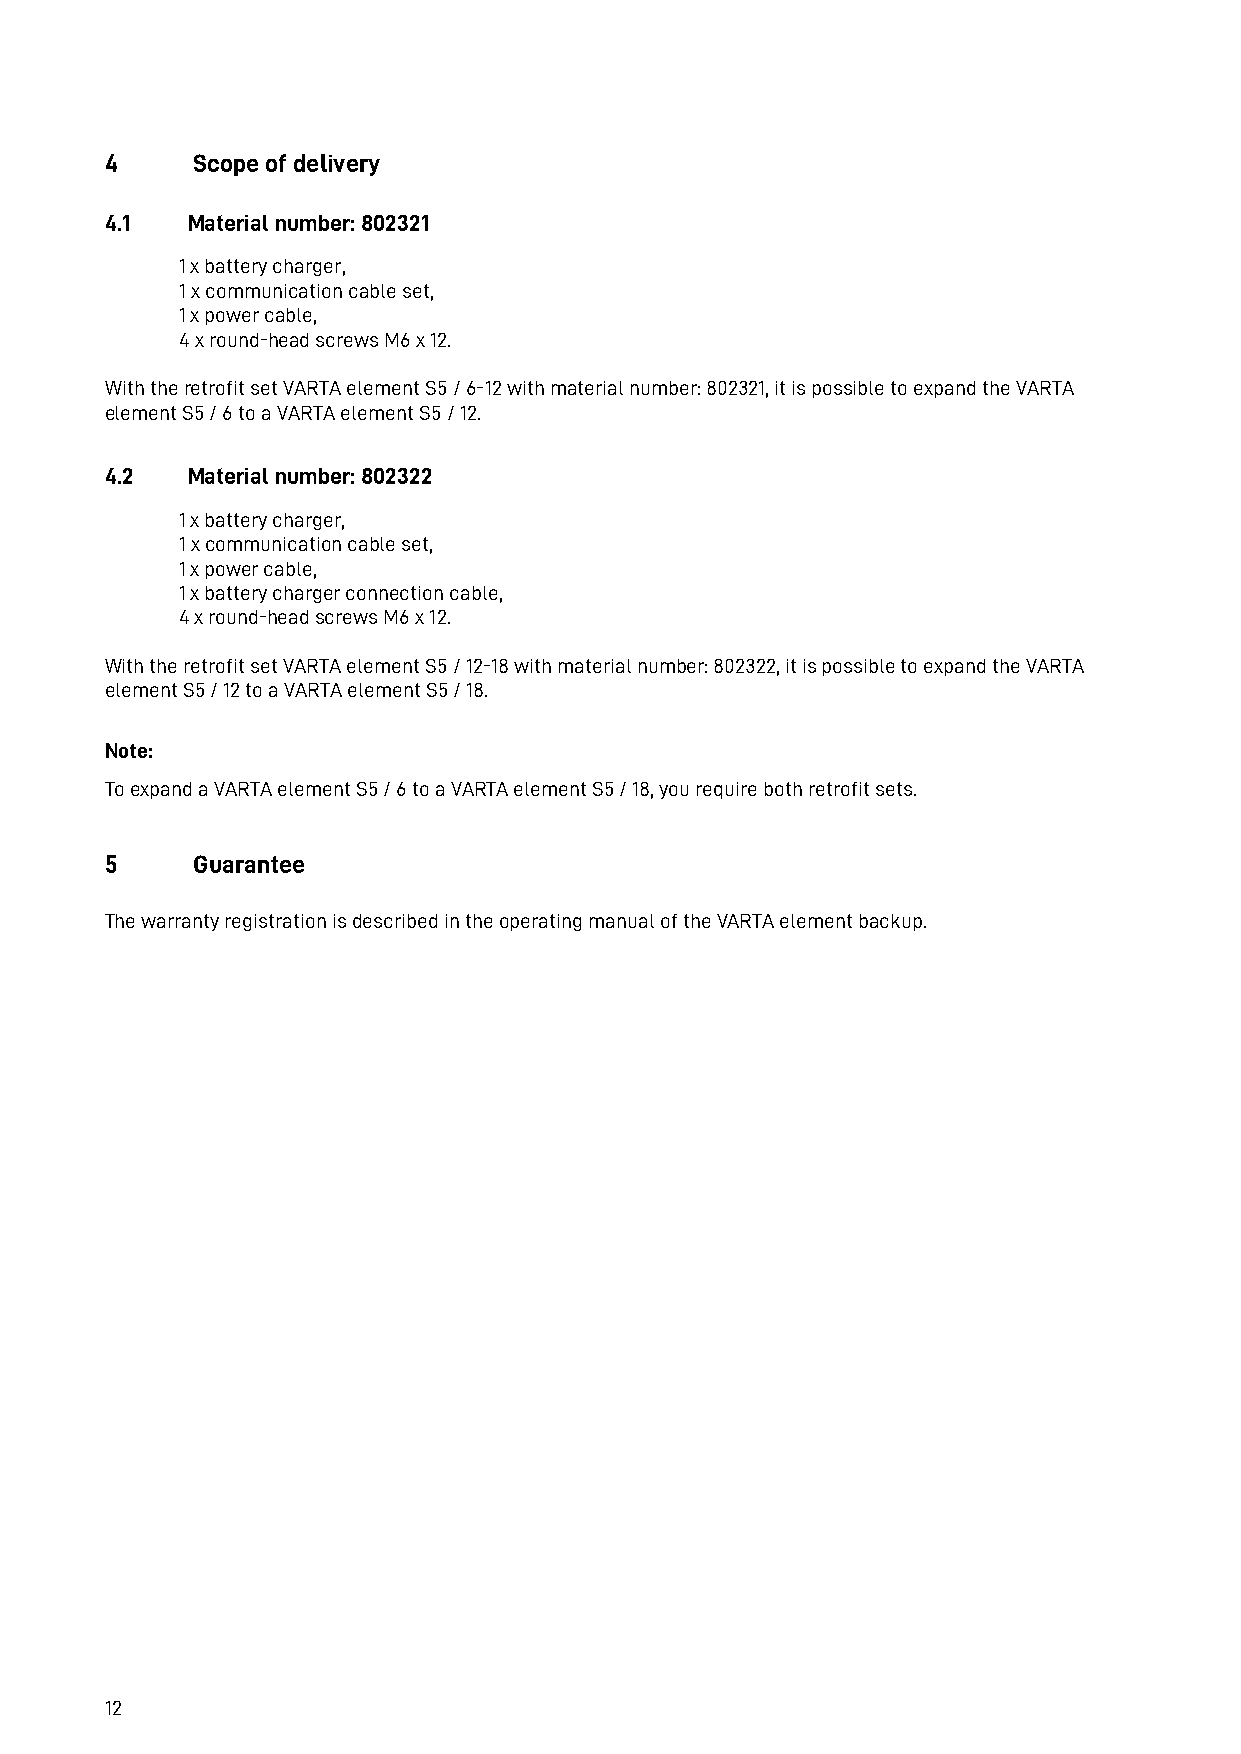
4     Scope of delivery
 4.1  Material number: 802321
 1 x battery charger,
 1 x communication cable set,
 1 x power cable,
 4 x round-head screws M6 x 12.
 With the retrofit set VARTA element S5 / 6-12 with material number: 802321, it is possible to expand the VARTA
 element S5 / 6 to a VARTA element S5 / 12.
 4.2  Material number: 802322
 1 x battery charger,
 1 x communication cable set,
 1 x power cable,
 1 x battery charger connection cable,
 4 x round-head screws M6 x 12.
 With the retrofit set VARTA element S5 / 12-18 with material number: 802322, it is possible to expand the VARTA
 element S5 / 12 to a VARTA element S5 / 18.
 Note:
 To expand a VARTA element S5 / 6 to a VARTA element S5 / 18, you require both retrofit sets.
 5     Guarantee
 The warranty registration is described in the operating manual of the VARTA element backup.
 12